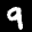
Label: 9